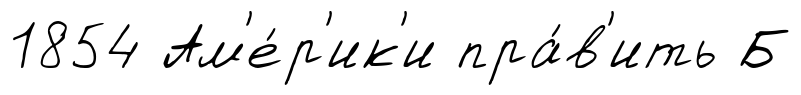
1854 Ам'е́р'ик'и пра́в'ить Б